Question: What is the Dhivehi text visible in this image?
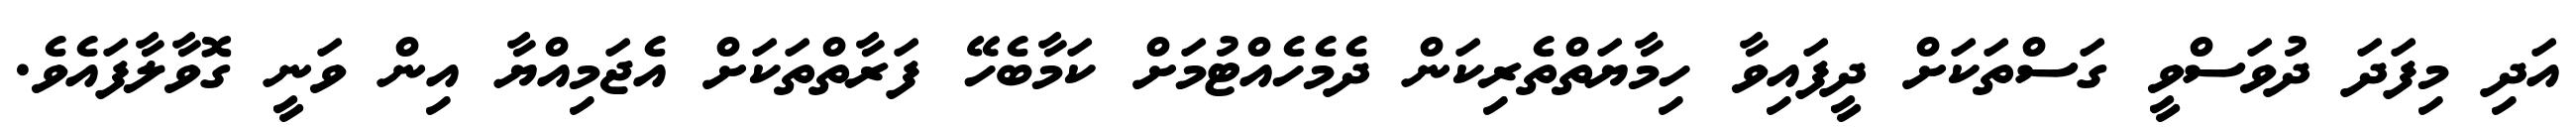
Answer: އަދި މިފަދަ ދުވަސްވީ ގަސްތަކަށް ދީފައިވާ ހިމާޔަތްތެރިކަން ދެމެހެއްޓުމަށް ކަމާބެހޭ ފަރާތްތަކަށް އެޖަމިއްޔާ އިން ވަނީ ގޮވާލާފައެވެ.